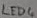
Text: LED4